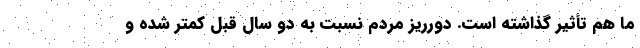
ما هم تأثیر گذاشته است. دورریز مردم نسبت به دو سال قبل کمتر شده و